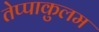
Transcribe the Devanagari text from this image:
तेप्पाकुलम